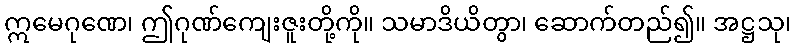
ဣမေဂုဏေ၊ ဤဂုဏ်ကျေးဇူးတို့ကို။ သမာဒိယိတွာ၊ ဆောက်တည်၍။ အဋ္ဌသု၊